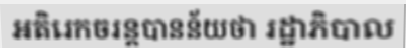
អតិរេកចរន្តបានន័យថា រដ្ឋាភិបាល